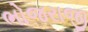
ભોજરાજી